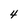
Character: 4